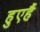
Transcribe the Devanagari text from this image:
हुएहैं